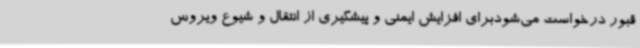
قبور درخواست می‌شودبرای افزایش ایمنی و پیشگیری از انتقال و شیوع ویروس